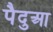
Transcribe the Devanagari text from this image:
पैदुआ